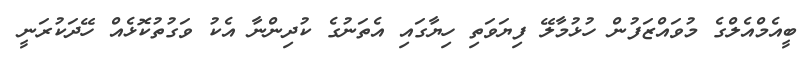
ބީއެމްއެލްގެ މުވައްޒަފުން ހުޅުމާލޭ ފިޔަވަތި ހިޔާގައި އެތަނުގެ ކުދިންނާ އެކު ވަގުތުކޮޅެއް ހޭދަކުރަނީ